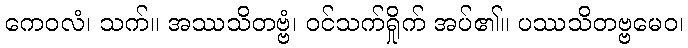
ကေဝလံ၊ သက်။ အဿသိတဗ္ဗံ၊ ဝင်သက်ရှိုက် အပ်၏။ ပဿသိတဗ္ဗမေဝ၊